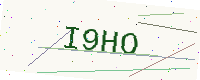
Text: I9HO